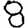
Digit: 8